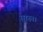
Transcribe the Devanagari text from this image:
सारू।।